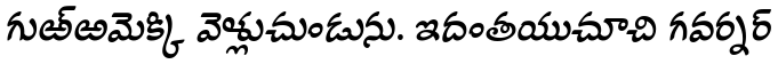
గుఱ్ఱమెక్కి వెళ్లుచుండును. ఇదంతయుచూచి గవర్నర్